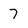
Character: 7